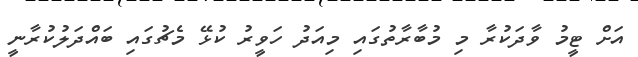
އަށް ޓީމު ވާދަކުރާ މި މުބާރާތުގައި މިއަދު ހަވީރު ކުޅޭ މެޗުގައި ބައްދަލުކުރާނީ